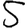
Digit: 5